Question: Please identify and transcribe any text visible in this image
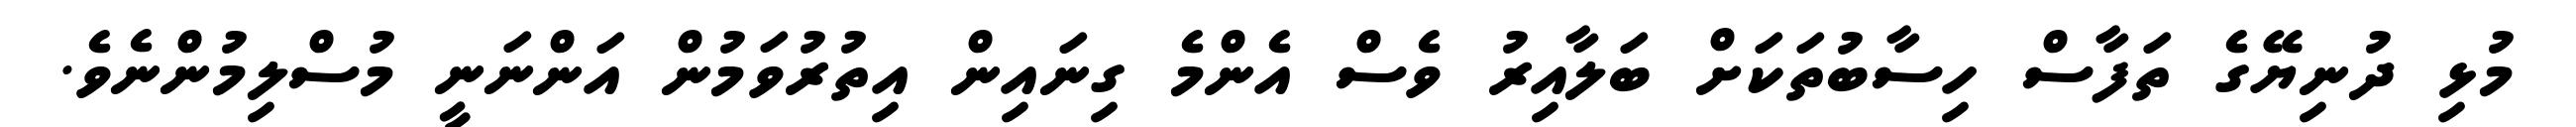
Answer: މުޅި ދުނިޔޭގެ ތަފާސް ހިސާބުތަކަށް ބަލާއިރު ވެސް އެންމެ ގިނައިން އިތުރުވަމުން އަންނަނީ މުސްލިމުންނެވެ.